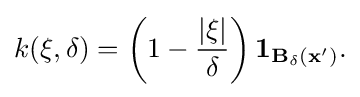
k({\bf {\xi }},\delta )=\left(1-{\frac {|{\bf {\xi }}|}{\delta }}\right){\bf {{1}_{B_{\delta }({\bf {x}}')}.}}